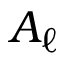
A _ { \ell }